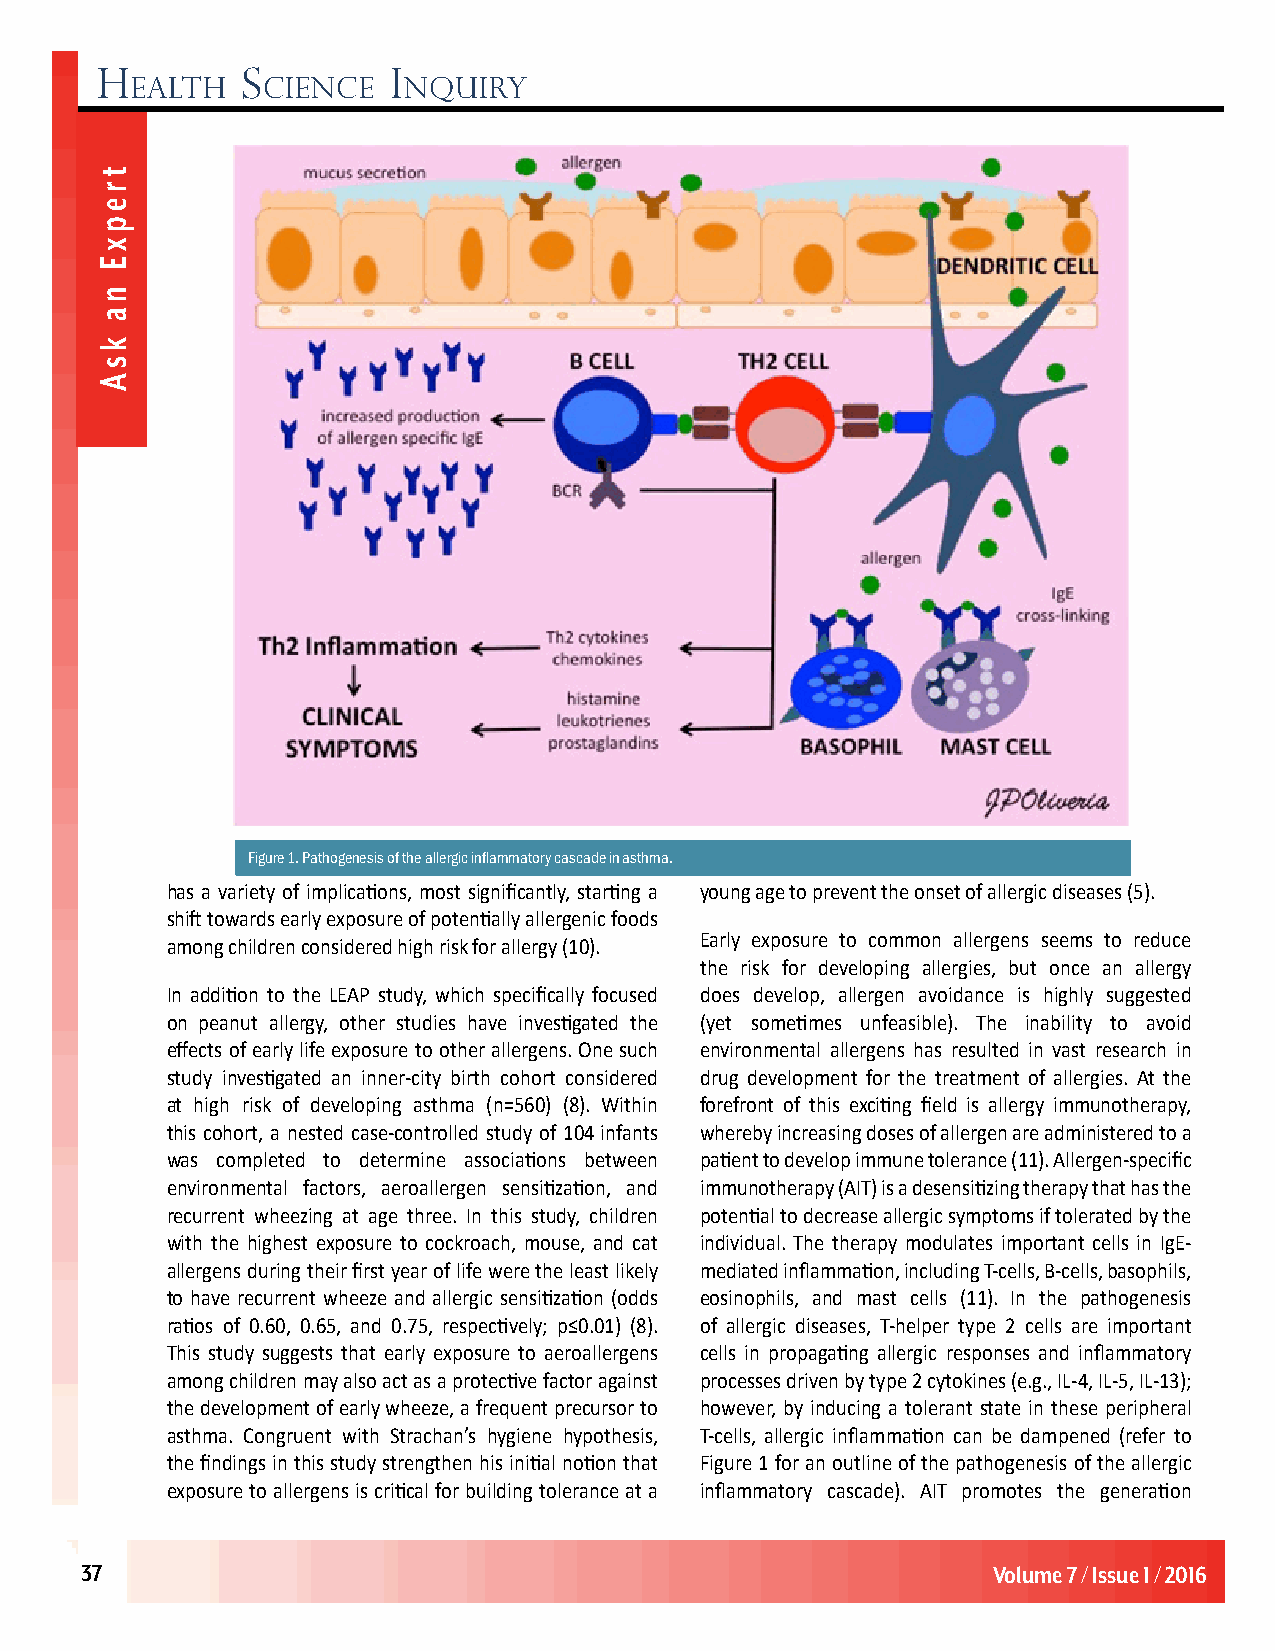
H         S         i
 ealtH   cience    nquiry
 Figure 1. Pathogenesis of the allergic inflammatory cascade in asthma.
 has a variety of implications, most significantly, starting a young age to prevent the onset of allergic diseases (5).
 shift towards early exposure of potentially allergenic foods
 Early exposure to common allergens seems to reduce
 among children considered high risk for allergy (10).
 the risk for developing allergies, but once an allergy
 In addition to the LEAP study, which specifically focused does develop, allergen avoidance is highly suggested
 on peanut allergy, other studies have investigated the (yet sometimes unfeasible). The inability to avoid
 effects of early life exposure to other allergens. One such environmental allergens has resulted in vast research in
 study investigated an inner-city birth cohort considered drug development for the treatment of allergies. At the
 at high risk of developing asthma (n=560) (8). Within forefront of this exciting field is allergy immunotherapy,
 this cohort, a nested case-controlled study of 104 infants whereby increasing doses of allergen are administered to a
 was completed to determine associations between patient to develop immune tolerance (11). Allergen-specific
 environmental factors, aeroallergen sensitization, and immunotherapy (AIT) is a desensitizing therapy that has the
 recurrent wheezing at age three. In this study, children potential to decrease allergic symptoms if tolerated by the
 with the highest exposure to cockroach, mouse, and cat individual. The therapy modulates important cells in IgE-
 allergens during their first year of life were the least likely mediated inflammation, including T-cells, B-cells, basophils,
 to have recurrent wheeze and allergic sensitization (odds eosinophils, and mast cells (11). In the pathogenesis
 ratios of 0.60, 0.65, and 0.75, respectively; p≤0.01) (8). of allergic diseases, T-helper type 2 cells are important
 This study suggests that early exposure to aeroallergens cells in propagating allergic responses and inflammatory
 among children may also act as a protective factor against processes driven by type 2 cytokines (e.g., IL-4, IL-5, IL-13);
 the development of early wheeze, a frequent precursor to however, by inducing a tolerant state in these peripheral
 asthma. Congruent with Strachan’s hygiene hypothesis, T-cells, allergic inflammation can be dampened (refer to
 the findings in this study strengthen his initial notion that Figure 1 for an outline of the pathogenesis of the allergic
 exposure to allergens is critical for building tolerance at a inflammatory cascade). AIT promotes the generation
 37                                                        VolumVoe l3u/mIsseu 7e /1 I/s2s0u1e2 1 / 2016
 trepxE
 na
 ksA